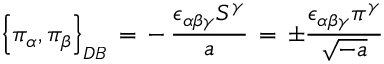
\left\{ \pi _ { \alpha } , \pi _ { \beta } \right\} _ { D B } \, = \, - \, \frac { \epsilon _ { \alpha \beta \gamma } S ^ { \gamma } } { a } \, = \, \pm \frac { \epsilon _ { \alpha \beta \gamma } \pi ^ { \gamma } } { \sqrt { - a } } \,